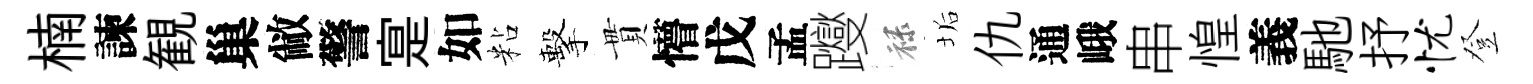
楠諫観巢敝警寔如粘擊貫懵戊孟躞禄垢仇通峨串惶義馳抒忧登